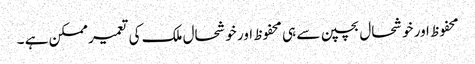
محفوظ اور خوشحال بچپن سے ہی محفوظ اور خوشحال ملک کی تعمیر ممکن ہے ۔